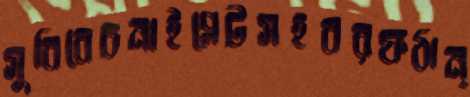
সুবিবেচনাইপ্লেটসহবরফঠান্